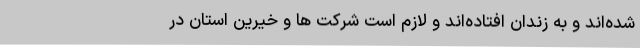
شده‌اند و به زندان افتاده‌اند و لازم است شرکت ها و خیرین استان در